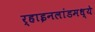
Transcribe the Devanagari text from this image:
र्‍हाइनलांडमध्ये